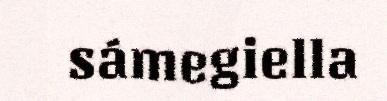
sámegiella